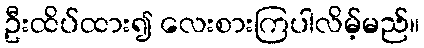
ဦးထိပ်ထား၍ လေးစားကြပါလိမ့်မည်။